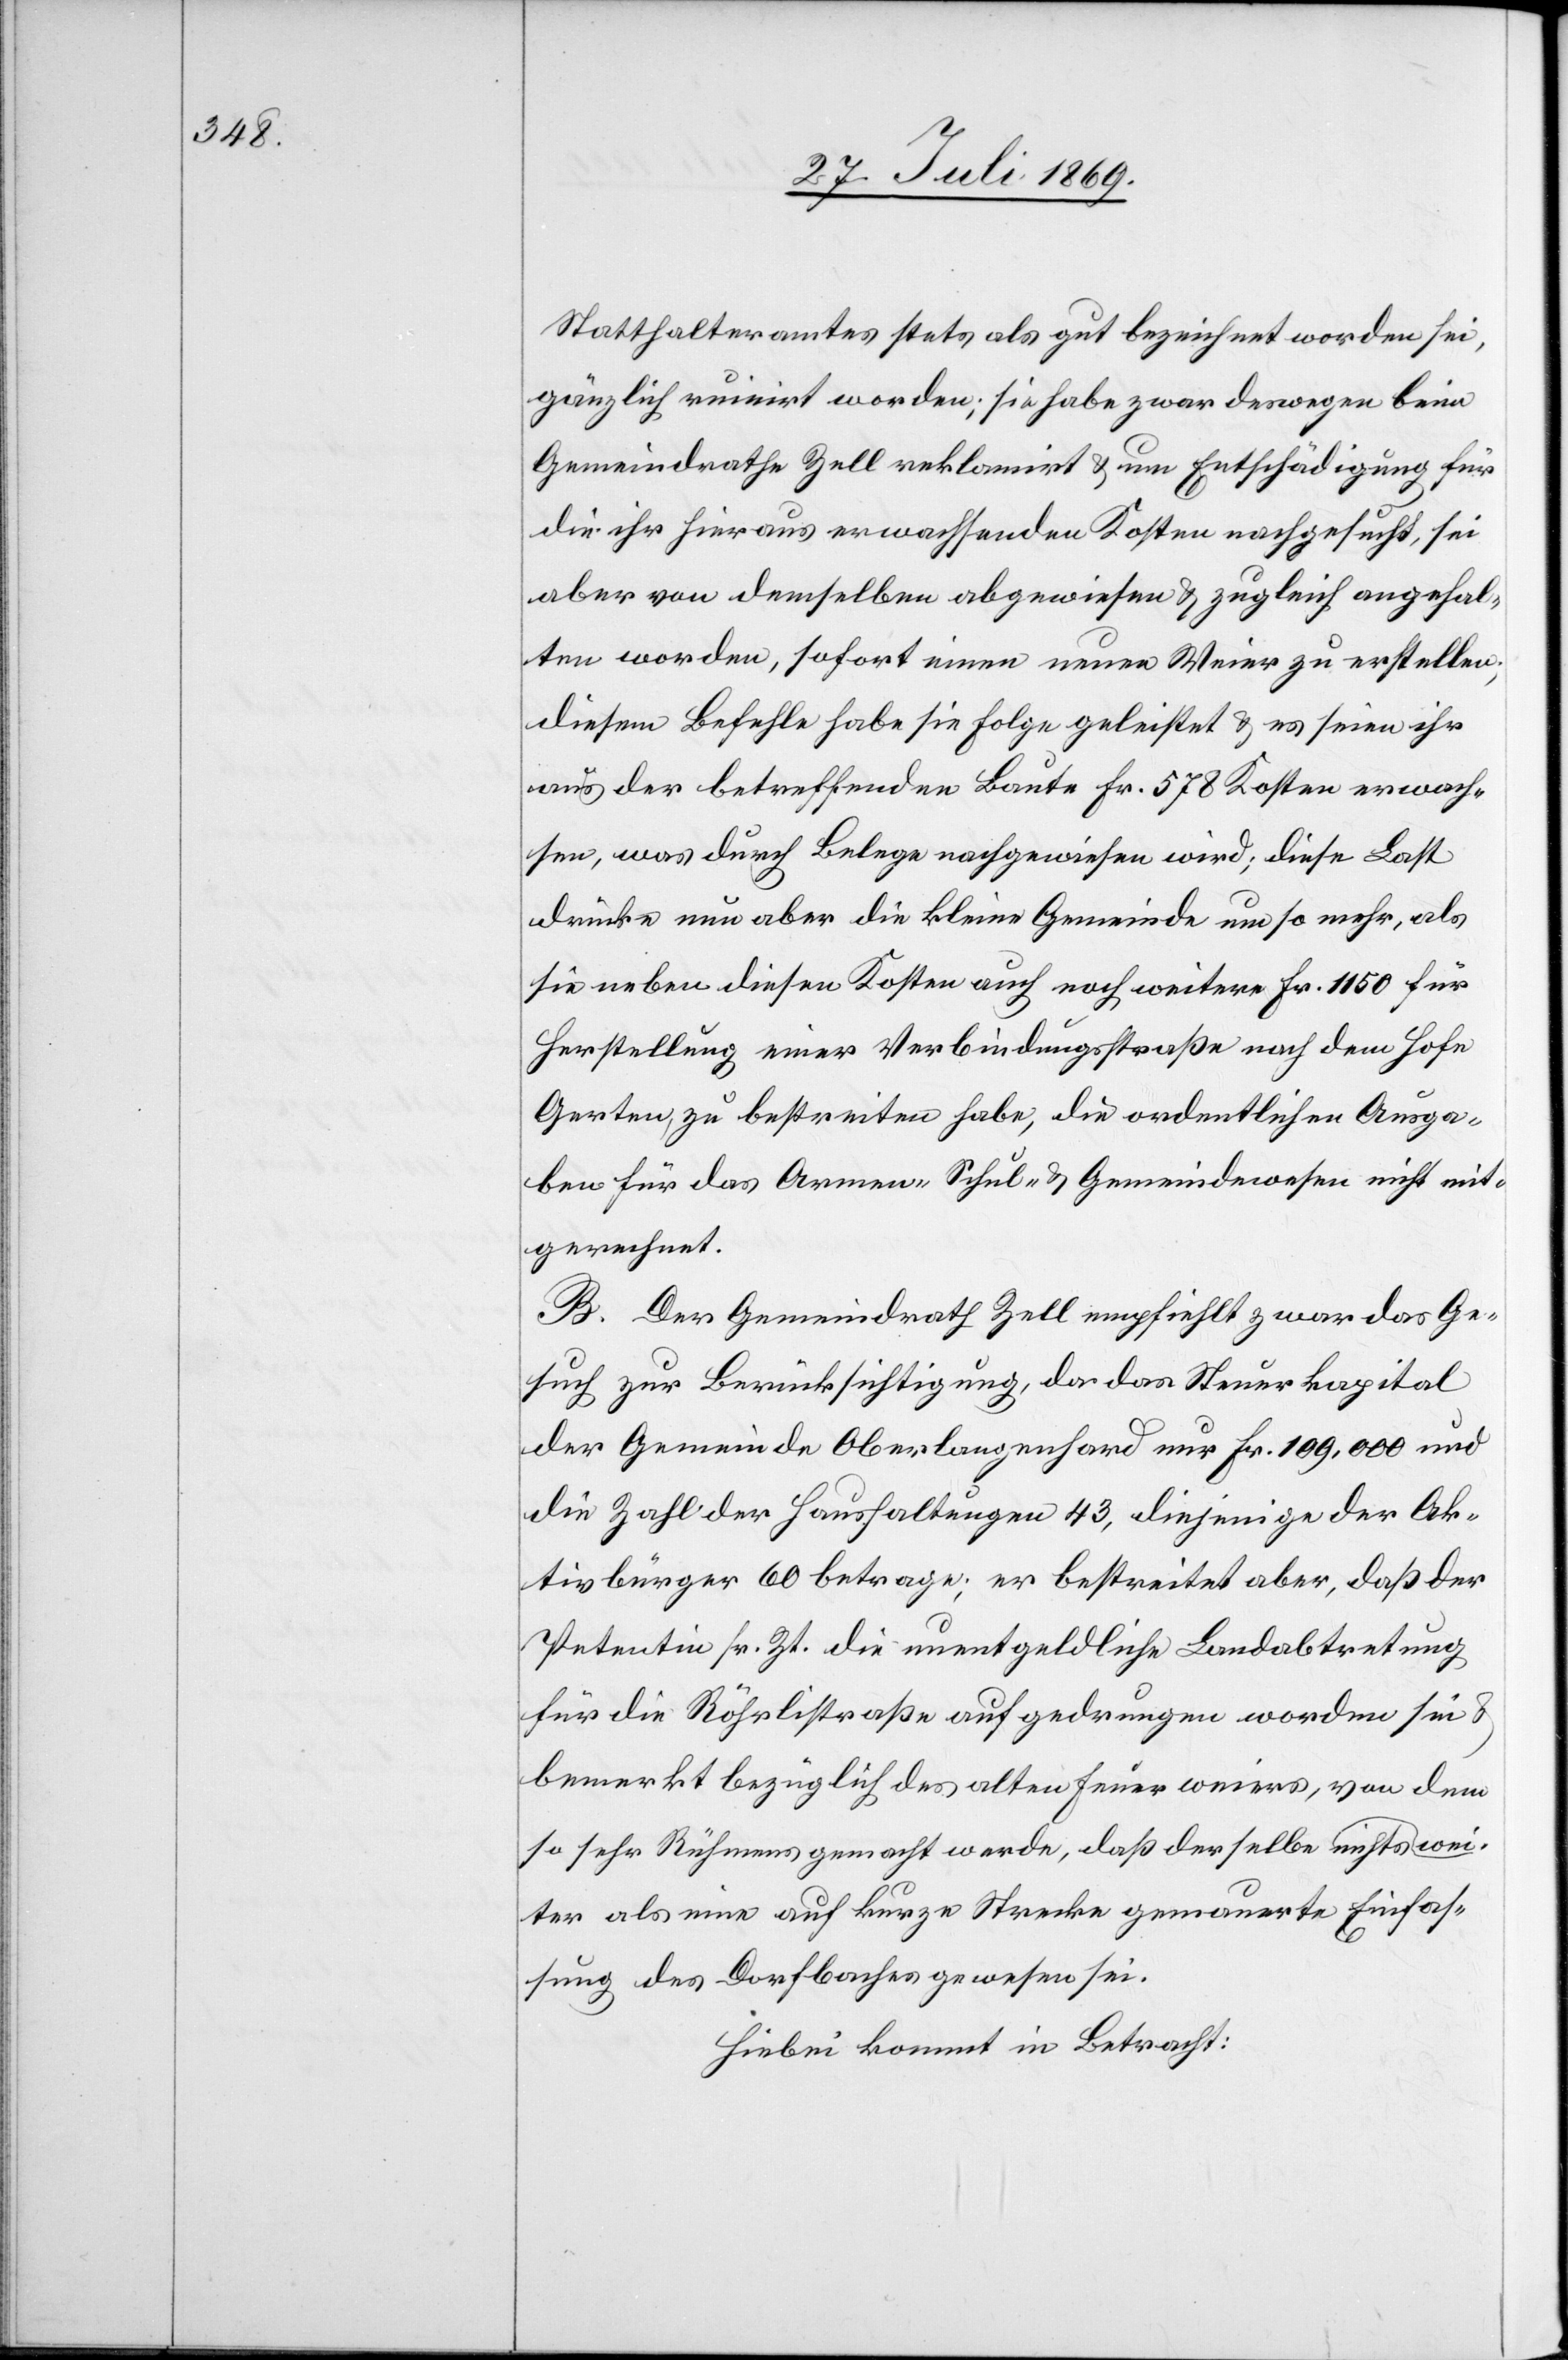
Statthalteramtes stets als gut bezeichnet worden sei,
gänzlich ruinirt worden; sie habe zwar deswegen beim
Gemeindrathe Zell reklamirt u. um Entschädigung für
die ihr hieraus erwachsenden Kosten nachgesucht, sei
aber von demselben abgewiesen u. zugleich angehal¬
ten worden, sofort einen neuen Weier zu erstellen;
diesem Befehle habe sie Folge geleistet u. es seien ihr
aus der betreffenden Baute Fr. 578 Kosten erwach¬
sen, was durch Belege nachgewiesen wird; diese Last
drücke nun aber die kleine Gemeinde um so mehr, als
sie neben diesen Kosten auch noch weitere Fr. 1150 für
Herstellung einer Verbindungsstraße nach dem Hofe
Gerten zu bestreiten habe, die ordentlichen Ausga¬
ben für das Armen- Schul- u. Gemeindewesen nicht mit¬
gerechnet.
B. Der Gemeindrath Zell empfiehlt zwar das Ge¬
such zur Berücksichtigung, da das Steuerkapital
der Gemeinde Oberlangenhard nur Fr. 109,000 und
die Zahl der Haushaltungen 43, diejenige der Ak¬
tivbürger 60 betrage; er bestreitet aber, daß der
Petentin sr. Zt. die unentgeldliche Landabtretung
für die Röhrlistraße auf gedrungen worden sei u.
bemerkt bezüglich des alten Feuerweiers, von dem
so sehr Rühmens gemacht werde, daß derselbe weiter nic¬
hts als eine auf kurze Strecke gemauerte Einfas¬
sung des Dorfbaches gewesen sei.
Hiebei kommt in Betracht: